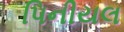
પિનીયલ